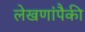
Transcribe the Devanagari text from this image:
लेखणांपैकी